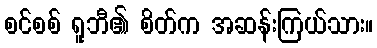
စင်စစ် ရူဘီ၏ စိတ်က အဆန်းကြယ်သား။